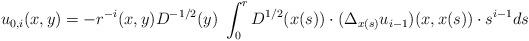
LaTeX: \begin{align*} u_{0,i}(x,y) = - r^{-i}(x,y) D^{-1/2}(y) \; \int_0^r D^{1/2}(x(s)) \cdot (\Delta_{x(s)} u_{i-1}) (x,x(s)) \cdot s^{i-1} ds\end{align*}